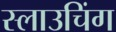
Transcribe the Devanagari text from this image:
स्लाउचिंग